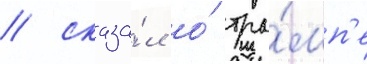
/ сказа́л о́ тра́мп'е